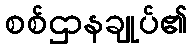
စစ်ဌာနချုပ်၏